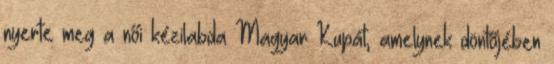
nyerte meg a női kézilabda Magyar Kupát, amelynek döntőjében